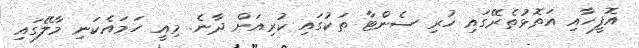
އޮފީހާއި އަތޮޅުތެރޭގައި ހުރި ސެންޓާ ތަކުގައި ކުރިއަށް ދާނެ. މިއީ ހަމައެކަނި މާލޭގައި